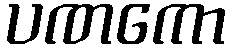
ပဏကော